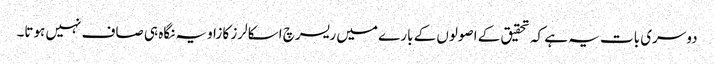
دوسری بات یہ ہے کہ تحقیق کے اصولوں کے بارے میں ریسرچ اسکالرز کا زاویہ نگاہ ہی صاف نہیں ہوتا۔